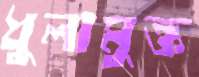
ধুলামুক্ত